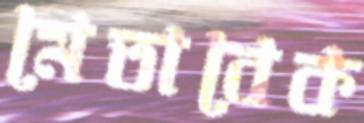
মেতাবেক